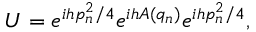
U = e ^ { i h p _ { n } ^ { 2 } / 4 } e ^ { i h A ( q _ { n } ) } e ^ { i h p _ { n } ^ { 2 } / 4 } ,